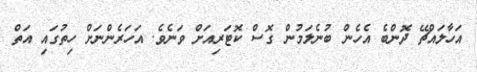
އަހާލައްޗޭ ދޮންބެ އެހެން ބުނެލަމުން ގޮސް ކޮޓަރިއަަށް ވަނެވެ. އަހަރެންނަށް ހިތުގައި އަތް